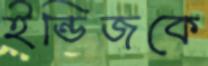
ইন্ডিজকে